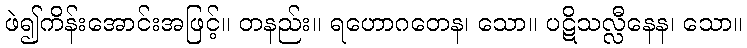
ဖဲ၍ကိန်းအောင်းအဖြင့်။ တနည်း။ ရဟောဂတေန၊ သော။ ပဋိသလ္လီနေန၊ သော။